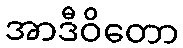
အာဒီဝိတော